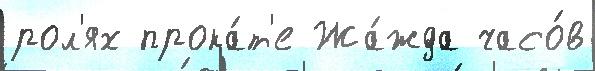
рол'ях прока́т'е Жа́жда часо́в